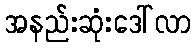
အနည်းဆုံးဒေါ်လာ